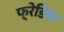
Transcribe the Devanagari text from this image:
फ्रेडिस